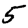
Digit: 5